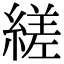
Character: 縒